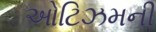
ઓટિઝમની